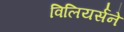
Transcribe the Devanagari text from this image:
विलियर्सने